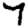
Digit: 7